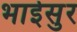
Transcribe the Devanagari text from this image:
भाईसुर